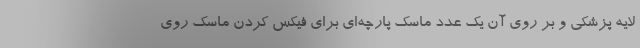
لایه پزشکی و بر روی آن یک عدد ماسک پارچه‌ای برای فیکس کردن ماسک روی